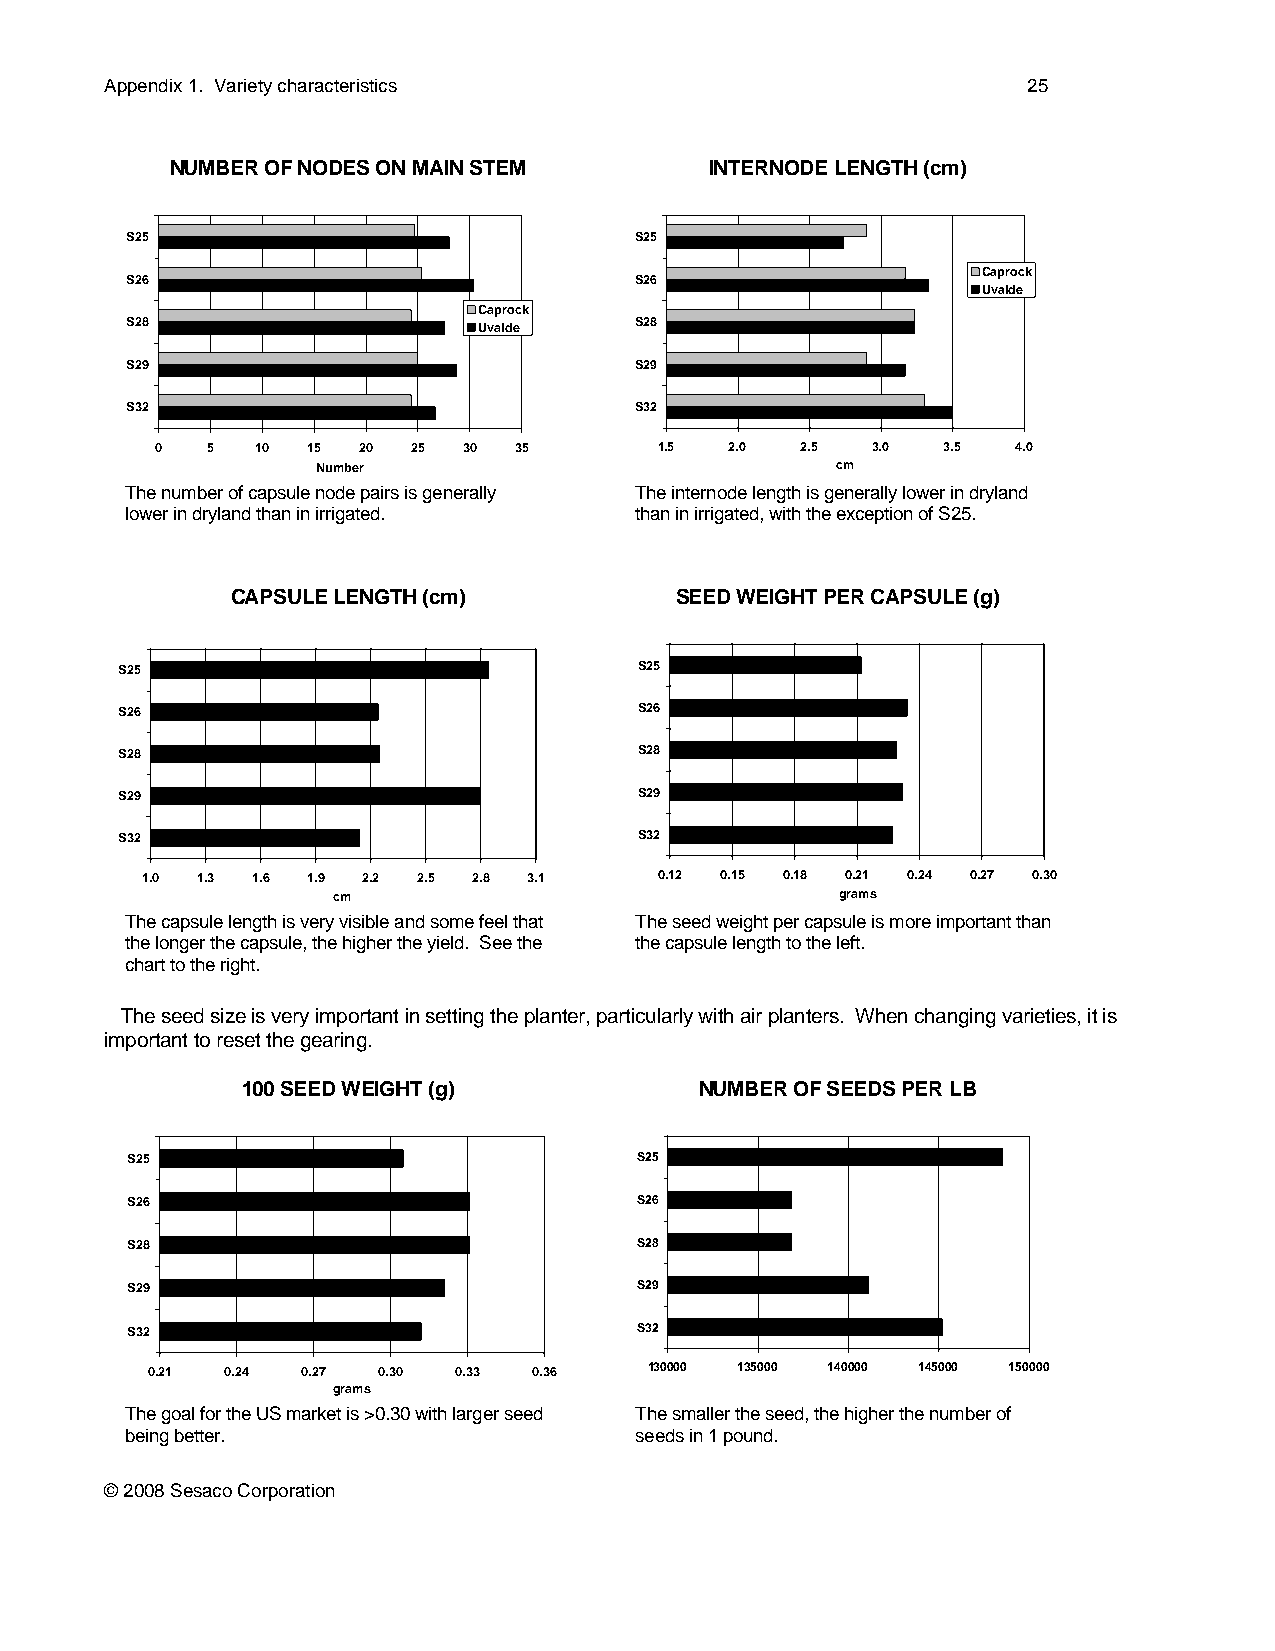
Appendix 1. Variety characteristics                          25
 NUMBER OF NODES ON MAIN STEM        INTERNODE LENGTH (cm)
 S25                               S25
 Caprock
 S26                               S26
 Uvalde
 Caprock
 S28                     Uvalde    S28
 S29                               S29
 S32                               S32
 0   5  10 15  20 25  30 35        1.5 2.0  2.5  3.0  3.5 4.0
 Number                            cm
 The number of capsule node pairs is generally The internode length is generally lower in dryland
 lower in dryland than in irrigated. than in irrigated, with the exception of S25.
 CAPSULE LENGTH (cm)           SEED WEIGHT PER CAPSULE (g)
 S25                               S25
 S26                               S26
 S28                               S28
 S29                               S29
 S32                               S32
 1.0 1.3 1.6 1.9 2.2 2.5 2.8 3.1    0.12 0.15 0.18 0.21 0.24 0.27 0.30
 cm                                grams
 The capsule length is very visible and some feel that The seed weight per capsule is more important than
 the longer the capsule, the higher the yield. See the the capsule length to the left.
 chart to the right.
 The seed size is very important in setting the planter, particularly with air planters. When changing varieties, it is
 important to reset the gearing.
 100 SEED WEIGHT (g)           NUMBER OF SEEDS PER LB
 S25                               S25
 S26                               S26
 S28                               S28
 S29                               S29
 S32                               S32
 0.21 0.24 0.27 0.30 0.33 0.36    130000 135000 140000 145000 150000
 grams
 The goal for the US market is >0.30 with larger seed The smaller the seed, the higher the number of
 being better.                     seeds in 1 pound.
 © 2008 Sesaco Corporation